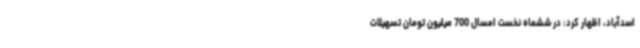
اسدآباد، اظهار کرد: در ششماه نخست امسال 700 میلیون تومان تسهیلات